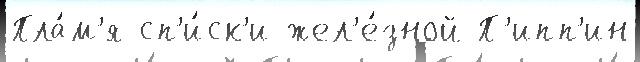
Пла́м'я сп'и́ск'и жел'е́зной П'ипп'ин